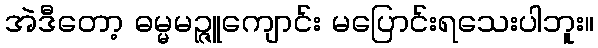
အဲဒီတော့ ဓမ္မမဉ္ဇူကျောင်း မပြောင်းရသေးပါဘူး။